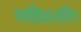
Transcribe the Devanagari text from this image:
पपडियानारिंग